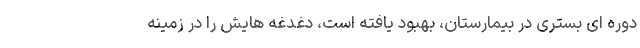
دوره ای بستری در بیمارستان، بهبود یافته است، دغدغه هایش را در زمینه